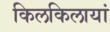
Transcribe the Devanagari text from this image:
किलकिलायां